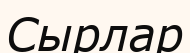
Сырлар